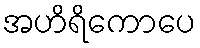
အဟိရိကောပေ